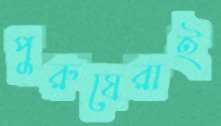
পুরুষেরাই